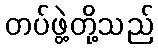
တပ်ဖွဲ့တို့သည်